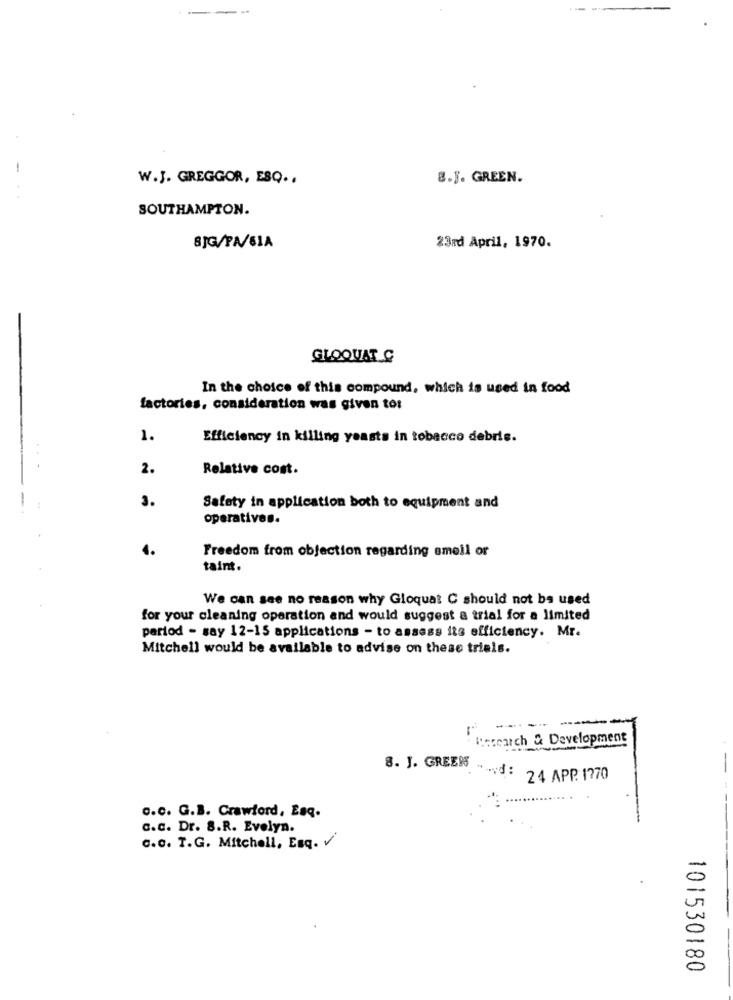
-
-
W.J. GREGGOR, ESQ .,
8.J. GREEN.
SOUTHAMPTON.
BJG/PA/61A
23rd April, 1970.
GLOOUAT C
In the choice of this compound, which is used in food
factories, consideration was given to:
1.
Efficiency in killing yeasts in tobacco debris.
...
2.
Relative cost.
3.
Safety in application both to equipment and
operatives.
4.
Freedom from objection regarding omeil or
taint.
We can see no reason why Gloquat C should not be used
for your cleaning operation and would suggest a trial for a limited
period - say 12-15 applications - to assess its efficiency. Mr.
Mitchell would be available to advise on these trials.
Maccarch & Development
8. J. GREENS
-
"vd:
24 APP. 1770
o.c. G.B. Crawford, Esq.
C.c. Dr. 8.R. Evelyn.
c.c. T.G. Mitchell, Esq. V
101530180